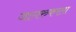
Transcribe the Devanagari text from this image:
जागरुकरता